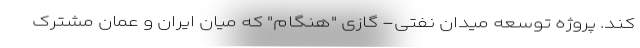
کند. پروژه توسعه میدان نفتی- گازی "هنگام" که میان ایران و عمان مشترک